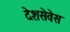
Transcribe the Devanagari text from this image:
देशसेवेस